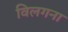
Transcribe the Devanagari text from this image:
विलगना